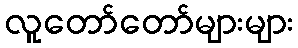
လူတော်တော်များများ